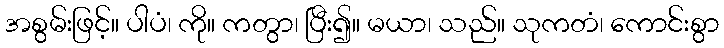
အစွမ်းဖြင့်။ ပါပံ၊ ကို။ ကတွာ၊ ပြီး၍။ မယာ၊ သည်။ သုကတံ၊ ကောင်းစွာ